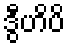
ဒွီဟိပိ